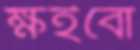
ক্ষইবো